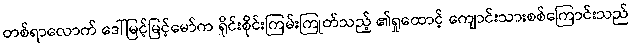
တစ်ရာလောက် ဒေါ်မြင့်မြင့်မော်က ရိုင်းစိုင်းကြမ်းကြုတ်သည့် ၏ရှုထောင့် ကျောင်းသားစစ်ကြောင်းသည်